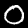
Label: 0